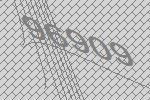
96909